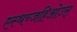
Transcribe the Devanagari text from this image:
एस्थच्जहिओउस्